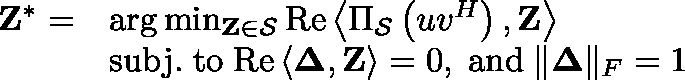
\begin{array} { r l } { \mathbf { Z } ^ { * } = } & { \mathrm { a r g } \operatorname* { m i n } _ { \mathbf { Z } \in \mathcal { S } } \mathrm { R e } \left\langle \Pi _ { \mathcal { S } } \left( u v ^ { H } \right) , \mathbf { Z } \right\rangle } \\ & { \mathrm { s u b j . \; t o } \; \mathrm { R e } \left\langle \mathbf { \Delta } , \mathbf { Z } \right\rangle = 0 , \; \mathrm { a n d } \; \| \mathbf { \Delta } \| _ { F } = 1 } \end{array}